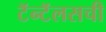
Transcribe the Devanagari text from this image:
टॅन्टॅलसची